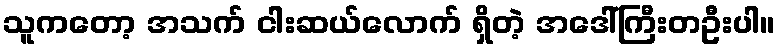
သူကတော့ အသက် ငါးဆယ်လောက် ရှိတဲ့ အဒေါ်ကြီးတဦးပါ။